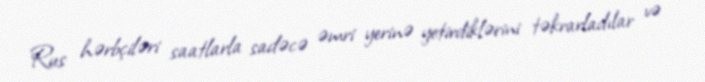
Rus hərbçiləri saatlarla sadəcə əmri yerinə yetirdiklərini təkrarladılar və